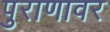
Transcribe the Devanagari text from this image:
पुराणावर